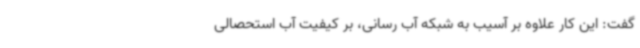
گفت: این کار علاوه بر آسیب به شبکه آب رسانی، بر کیفیت آب استحصالی